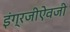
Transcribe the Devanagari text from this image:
इंग्रजीऐवजी